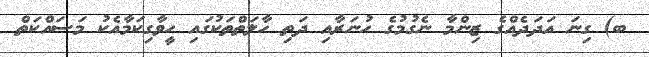
ބ) ގިނަ އަދަދެއްގެ ޒިންމާ ނެގުމުގެ ހުނަރާއި ދަތި ހާލަތްތަކުގައި ހީވާގިކަމާއެކު މަސައްކަތް